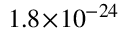
1 . 8 \! \times \! 1 0 ^ { - 2 4 }